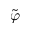
\tilde { \varphi }